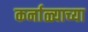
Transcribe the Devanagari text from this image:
कर्नाळ्याच्या